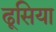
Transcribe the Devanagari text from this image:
ढूसिया